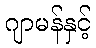
ဂျာမန်နှင့်